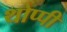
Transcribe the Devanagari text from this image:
थोप्पी